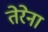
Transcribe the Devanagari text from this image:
तेरेना